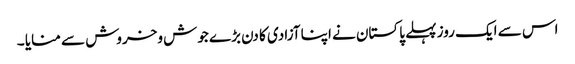
اس سے ایک روز پہلے پاکستان نے اپنا آزادی کا دن بڑے جوش وخروش سے منایا ۔